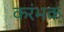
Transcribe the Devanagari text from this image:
करंभक